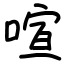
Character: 喧